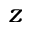
z